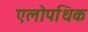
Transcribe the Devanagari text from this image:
एलोपथिक